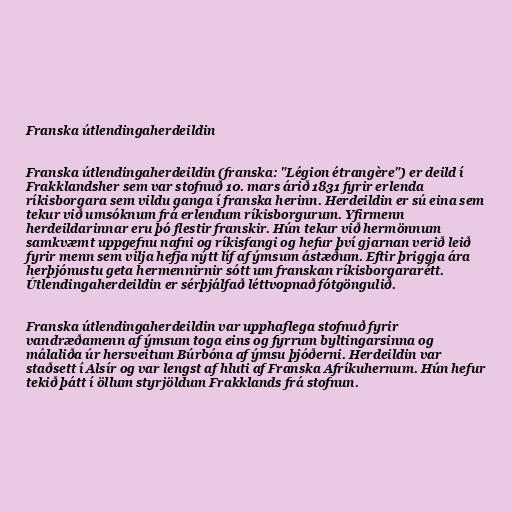
Franska útlendingaherdeildin

Franska útlendingaherdeildin (franska: "Légion étrangère") er deild í
Frakklandsher sem var stofnuð 10. mars árið 1831 fyrir erlenda
ríkisborgara sem vildu ganga í franska herinn. Herdeildin er sú eina sem
tekur við umsóknum frá erlendum ríkisborgurum. Yfirmenn
herdeildarinnar eru þó flestir franskir. Hún tekur við hermönnum
samkvæmt uppgefnu nafni og ríkisfangi og hefur því gjarnan verið leið
fyrir menn sem vilja hefja nýtt líf af ýmsum ástæðum. Eftir þriggja ára
herþjónustu geta hermennirnir sótt um franskan ríkisborgararétt.
Útlendingaherdeildin er sérþjálfað léttvopnað fótgöngulið.

Franska útlendingaherdeildin var upphaflega stofnuð fyrir
vandræðamenn af ýmsum toga eins og fyrrum byltingarsinna og
málaliða úr hersveitum Búrbóna af ýmsu þjóðerni. Herdeildin var
staðsett í Alsír og var lengst af hluti af Franska Afríkuhernum. Hún hefur
tekið þátt í öllum styrjöldum Frakklands frá stofnun.